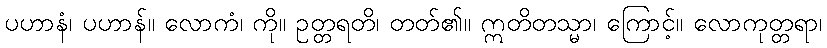
ပဟာနံ၊ ပဟာန်။ လောကံ၊ ကို။ ဥတ္တရတိ၊ တတ်၏။ ဣတိတသ္မာ၊ ကြောင့်။ လောကုတ္တရာ၊